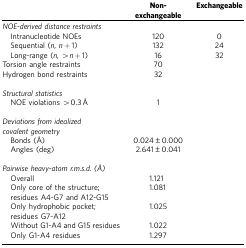
<table><thead><tr><td><b> </b></td><td><b>Non-exchangeable</b></td><td><b>Exchangeable</b></td></tr></thead><tbody><tr><td colspan="3"><i>NOE-derived distance restraints</i></td></tr><tr><td> Intranucleotide NOEs</td><td>120</td><td>0</td></tr><tr><td> Sequential (<i>n</i>, <i>n</i>+1)</td><td>132</td><td>24</td></tr><tr><td> Long-range (<i>n</i>, &gt;<i>n</i>+1)</td><td>16</td><td>32</td></tr><tr><td>Torsion angle restraints</td><td>70</td><td> </td></tr><tr><td>Hydrogen bond restraints</td><td>32</td><td> </td></tr><tr><td> </td><td> </td><td> </td></tr><tr><td colspan="3"><i>Structural statistics</i></td></tr><tr><td> NOE violations &gt;0.3 Å</td><td>1</td><td> </td></tr><tr><td> </td><td> </td><td> </td></tr><tr><td colspan="3"><i>Deviations from idealized covalent geometry</i></td></tr><tr><td> Bonds (Å)</td><td>0.024±0.000</td><td> </td></tr><tr><td> Angles (deg)</td><td>2.641±0.041</td><td> </td></tr><tr><td> </td><td> </td><td> </td></tr><tr><td colspan="3"><i>Pairwise heavy-atom r.m.s.d. (Å)</i></td></tr><tr><td> Overall</td><td>1.121</td><td> </td></tr><tr><td> Only core of the structure; residues A4-G7 and A12-G15</td><td>1.081</td><td> </td></tr><tr><td> Only hydrophobic pocket; residues G7-A12</td><td>1.025</td><td> </td></tr><tr><td> Without G1-A4 and G15 residues</td><td>1.022</td><td> </td></tr><tr><td> Only G1-A4 residues</td><td>1.297</td><td> </td></tr></tbody></table>